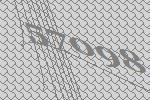
57098